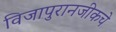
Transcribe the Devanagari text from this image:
विजापुरानजीकचे